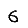
Digit: 6